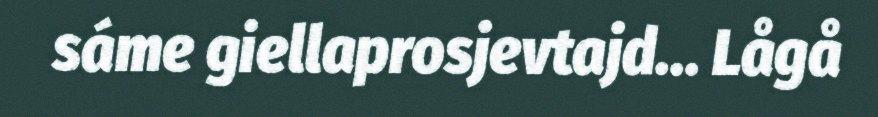
sáme giellaprosjevtajd... Lågå